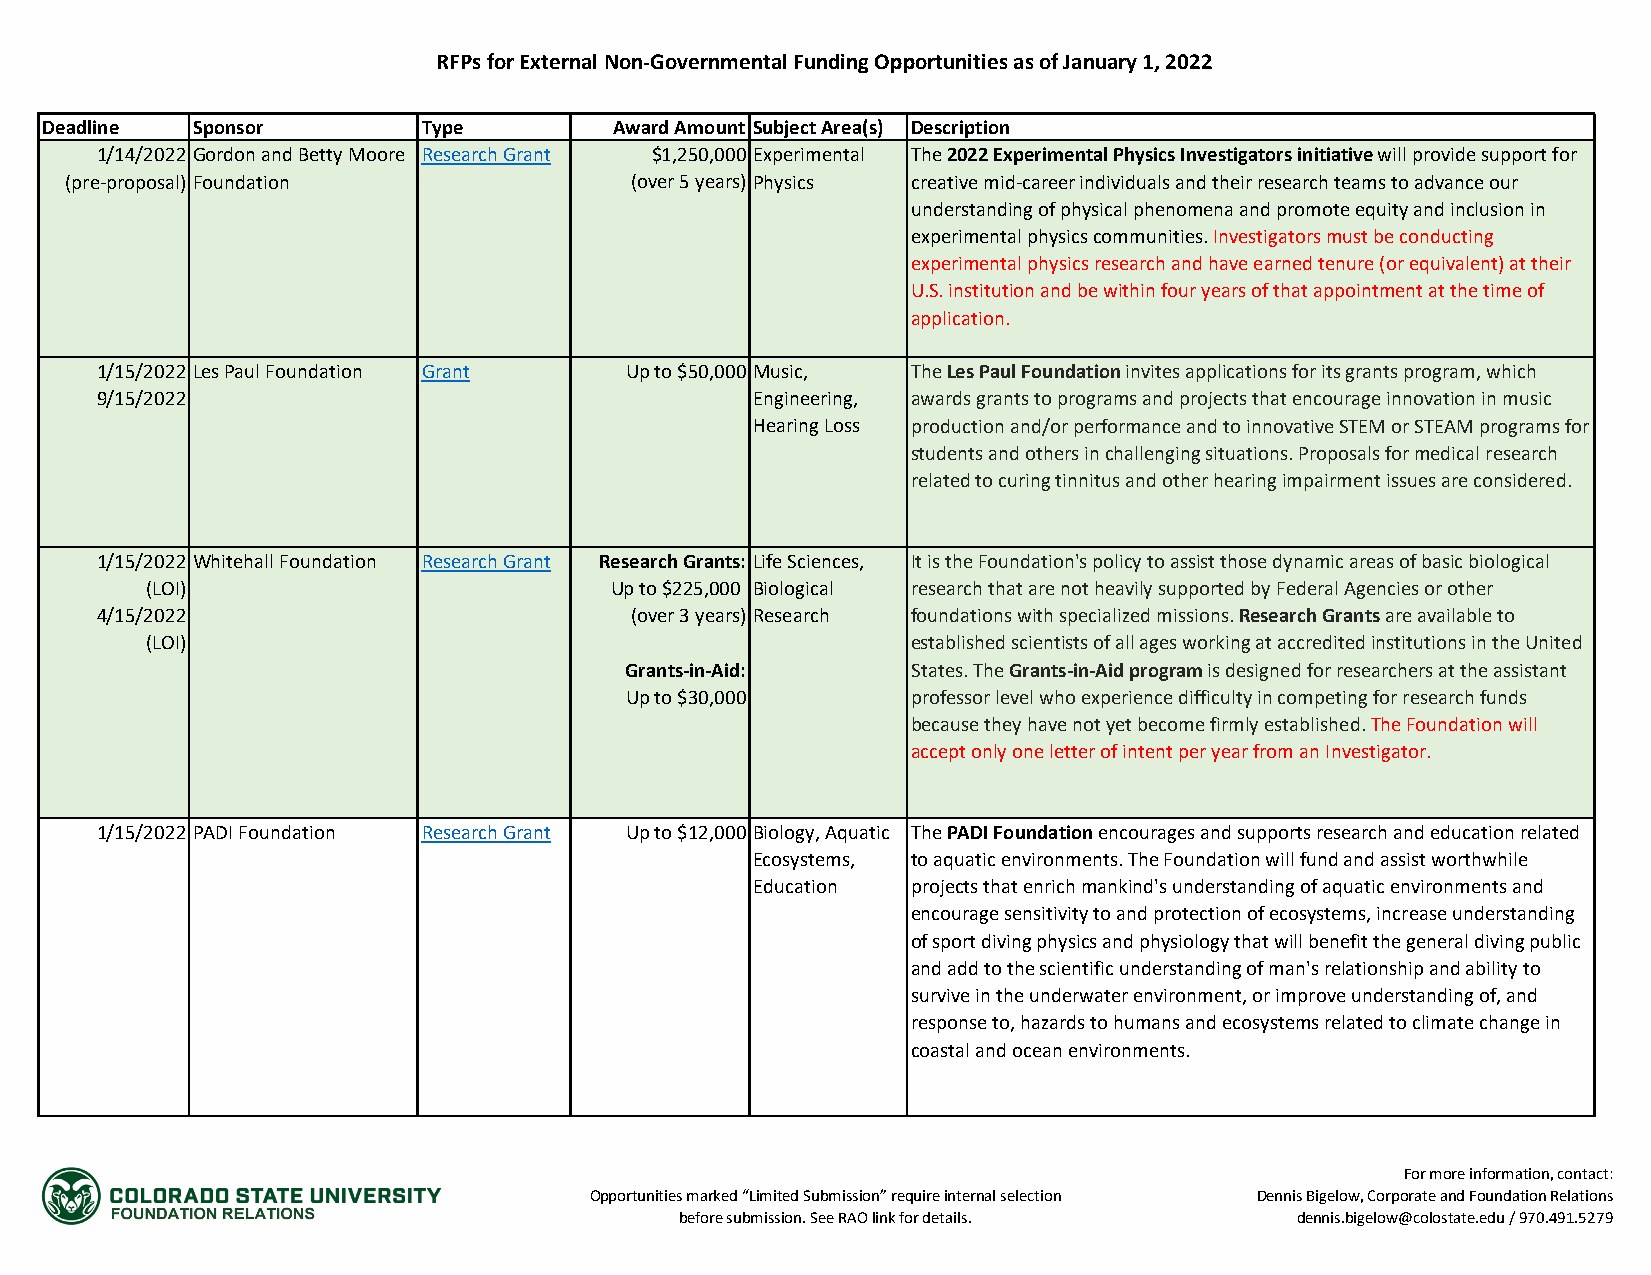
RFPs for External Non-Governmental Funding Opportunities as of January 1, 2022
 Deadline  Sponsor        Type         Award Amount Subject Area(s) Description
 1/14/2022 Gordon and Betty Moore Research Grant $1,250,000 Experimental The 2022 Experimental Physics Investigators initiative will provide support for
 (pre-proposal) Foundation             (over 5 years) Physics creative mid-career individuals and their research teams to advance our
 understanding of physical phenomena and promote equity and inclusion in
 experimental physics communities. Investigators must be conducting
 experimental physics research and have earned tenure (or equivalent) at their
 U.S. institution and be within four years of that appointment at the time of
 application.
 1/15/2022 Les Paul Foundation Grant Up to $50,000 Music, The Les Paul Foundation invites applications for its grants program, which
 9/15/2022                                   Engineering, awards grants to programs and projects that encourage innovation in music
 Hearing Loss production and/or performance and to innovative STEM or STEAM programs for
 students and others in challenging situations. Proposals for medical research
 related to curing tinnitus and other hearing impairment issues are considered.
 1/15/2022 Whitehall Foundation Research Grant Research Grants: Life Sciences, It is the Foundation's policy to assist those dynamic areas of basic biological
 (LOI)                         Up to $225,000 Biological research that are not heavily supported by Federal Agencies or other
 4/15/2022                           (over 3 years) Research foundations with specialized missions. Research Grants are available to
 (LOI)                                             established scientists of all ages working at accredited institutions in the United
 Grants-in-Aid:     States. The Grants-in-Aid program is designed for researchers at the assistant
 Up to $30,000      professor level who experience difficulty in competing for research funds
 because they have not yet become firmly established. The Foundation will
 accept only one letter of intent per year from an Investigator.
 1/15/2022 PADI Foundation Research Grant Up to $12,000 Biology, Aquatic The PADI Foundation encourages and supports research and education related
 Ecosystems, to aquatic environments. The Foundation will fund and assist worthwhile
 Education projects that enrich mankind's understanding of aquatic environments and
 encourage sensitivity to and protection of ecosystems, increase understanding
 of sport diving physics and physiology that will benefit the general diving public
 and add to the scientific understanding of man's relationship and ability to
 survive in the underwater environment, or improve understanding of, and
 response to, hazards to humans and ecosystems related to climate change in
 coastal and ocean environments.
 For more information, contact:
 Opportunities marked “Limited Submission” require internal selection Dennis Bigelow, Corporate and Foundation Relations
 before submission. See RAO link for details. dennis.bigelow@colostate.edu / 970.491.5279